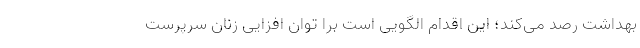
بهداشت رصد می‌کند؛ این اقدام الگویی است برا توان افزایی زنان سرپرست